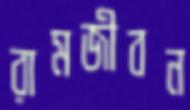
রামজীবন